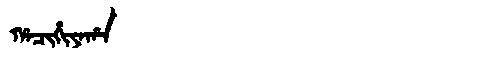
Manchu: ᡥᠠᠴᡳᡥᡳᠶᠠᡥᠠ
Romanization: HACIHIYAHA